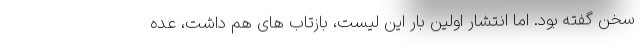
سخن گفته بود. اما انتشار اولین بار این لیست، بازتاب های هم داشت، عده